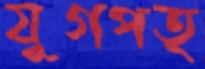
যুগপত্